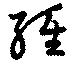
經